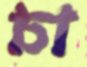
চা